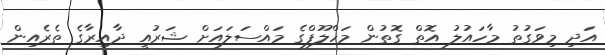
އަދި މިވަގުތު މާހައުލު އޮތް ގޮތުން މަހްލޫފްގެ މައްސަލައަށް ޝަރުއީ ދާއިރާގެ ތެރެއިން